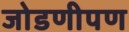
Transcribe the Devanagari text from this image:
जोडणीपण